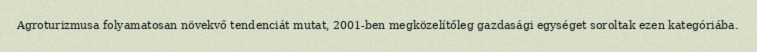
Agroturizmusa folyamatosan növekvő tendenciát mutat, 2001-ben megközelítőleg gazdasági egységet soroltak ezen kategóriába.